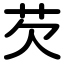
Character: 芡